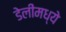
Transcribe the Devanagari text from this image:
डेलीमध्ये